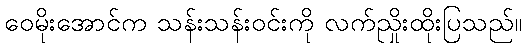
ဝေမိုးအောင်က သန်းသန်းဝင်းကို လက်ညှိုးထိုးပြသည်။